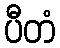
ပီတံ